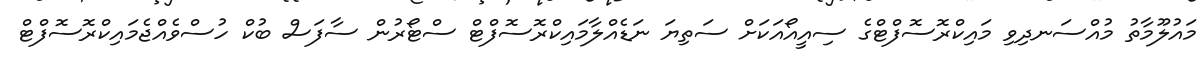
މައުލޫމާތު މުއްސަނދިވި މައިކްރޮސޮފްޓްގެ ސިއީއޯއަކަށް ސަތިޔަ ނަޑެއްލާމައިކްރޮސޮފްޓް ސްޓޯރުން ސާފަސް ބުކް ހުސްވެއްޖެމައިކްރޮސޮފްޓް